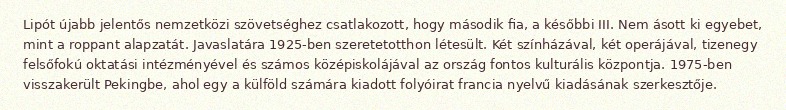
Lipót újabb jelentős nemzetközi szövetséghez csatlakozott, hogy második fia, a későbbi III. Nem ásott ki egyebet, mint a roppant alapzatát. Javaslatára 1925-ben szeretetotthon létesült. Két színházával, két operájával, tizenegy felsőfokú oktatási intézményével és számos középiskolájával az ország fontos kulturális központja. 1975-ben visszakerült Pekingbe, ahol egy a külföld számára kiadott folyóirat francia nyelvű kiadásának szerkesztője.